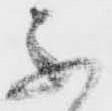
不